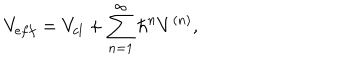
V _ { e f f } = V _ { c l } + \sum _ { n = 1 } ^ { \infty } { \hbar } ^ { n } V ^ { ( n ) } ,